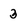
Character: 3